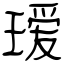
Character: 瑷